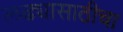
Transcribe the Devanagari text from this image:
लढ्यासाठीचा